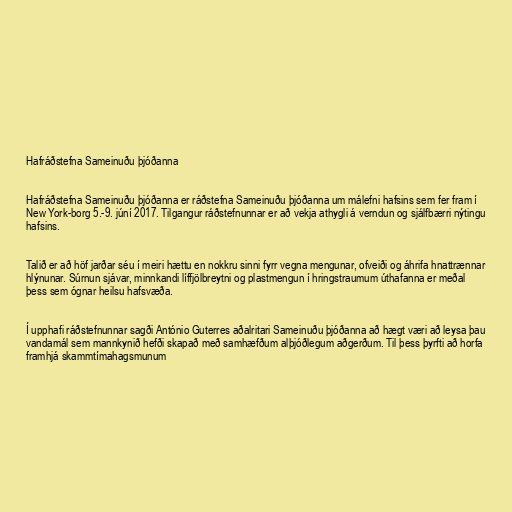
Hafráðstefna Sameinuðu þjóðanna

Hafráðstefna Sameinuðu þjóðanna er ráðstefna Sameinuðu þjóðanna um málefni hafsins sem fer fram í
New York-borg 5.-9. júní 2017. Tilgangur ráðstefnunnar er að vekja athygli á verndun og sjálfbærri nýtingu
hafsins.

Talið er að höf jarðar séu í meiri hættu en nokkru sinni fyrr vegna mengunar, ofveiði og áhrifa hnattrænnar
hlýnunar. Súrnun sjávar, minnkandi líffjölbreytni og plastmengun í hringstraumum úthafanna er meðal
þess sem ógnar heilsu hafsvæða.

Í upphafi ráðstefnunnar sagði António Guterres aðalritari Sameinuðu þjóðanna að hægt væri að leysa þau
vandamál sem mannkynið hefði skapað með samhæfðum alþjóðlegum aðgerðum. Til þess þyrfti að horfa
framhjá skammtímahagsmunum